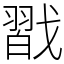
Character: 㦻